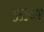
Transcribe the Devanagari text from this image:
५५५४४८